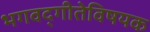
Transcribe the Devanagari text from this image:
भगवद्‌गीतेविषयक